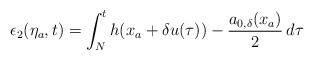
LaTeX: \begin{align*}\epsilon_2(\eta_a,t) = \int_N^t h(x_a+\delta u(\tau))-\dfrac{a_{0,\delta}(x_a)}{2}\,d\tau\end{align*}